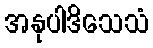
အနုပါဒိသေသံ